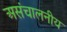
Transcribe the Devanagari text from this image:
असंचालनीय